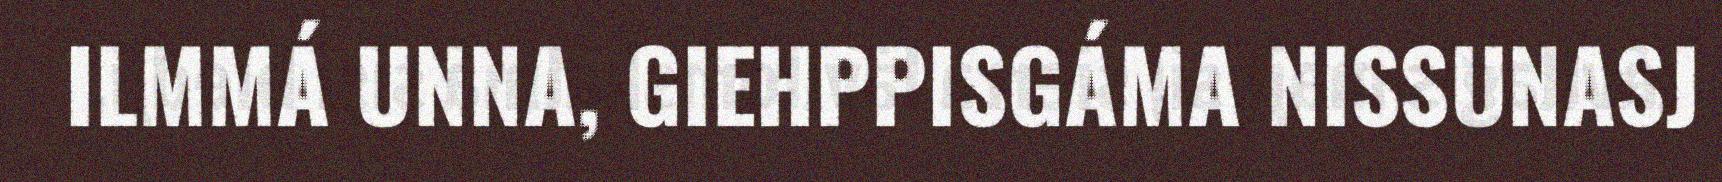
ILMMÁ UNNA, GIEHPPISGÁMA NISSUNASJ